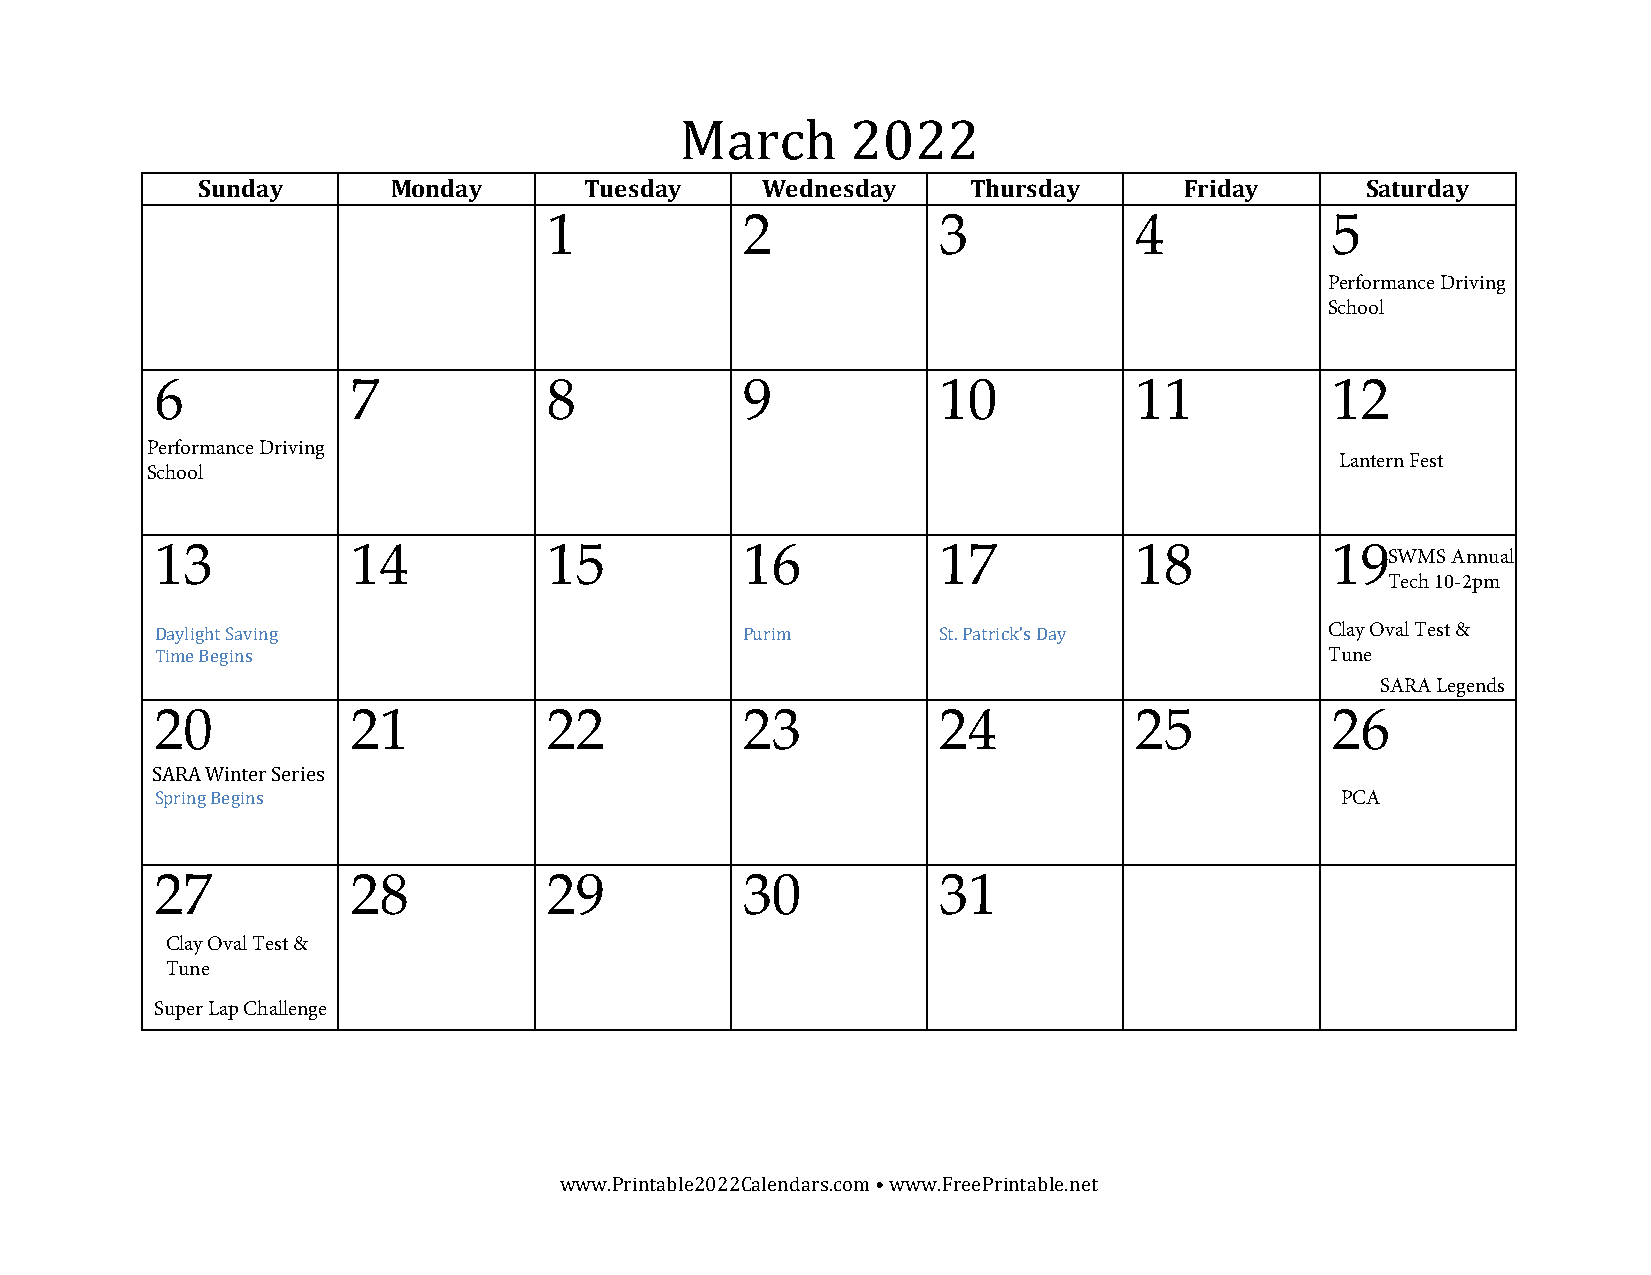
March      2022
 Sunday       Monday       Tuesday    Wednesday     Thursday      Friday      Saturday
 1            2            3            4            5
 Performance Driving
 School
 6            7            8            9            10           11           12
 Performance Driving
 Lantern Fest
 School
 13           14           15           16           17           18           19
 SWMS Annual
 Tech 10-2pm
 Daylight Saving                        Purim        St. Patrick’s Day         Clay Oval Test &
 Time Begins                                                                   Tune
 SARA Legends
 20           21           22           23           24           25           26
 Spring Begins                                                                  PCA
 SARA Winter Series
 27           28           29           30           31
 Clay Oval Test &
 Tune
 Super Lap Challenge
 www.Printable2022Calendars.com • www.FreePrintable.net